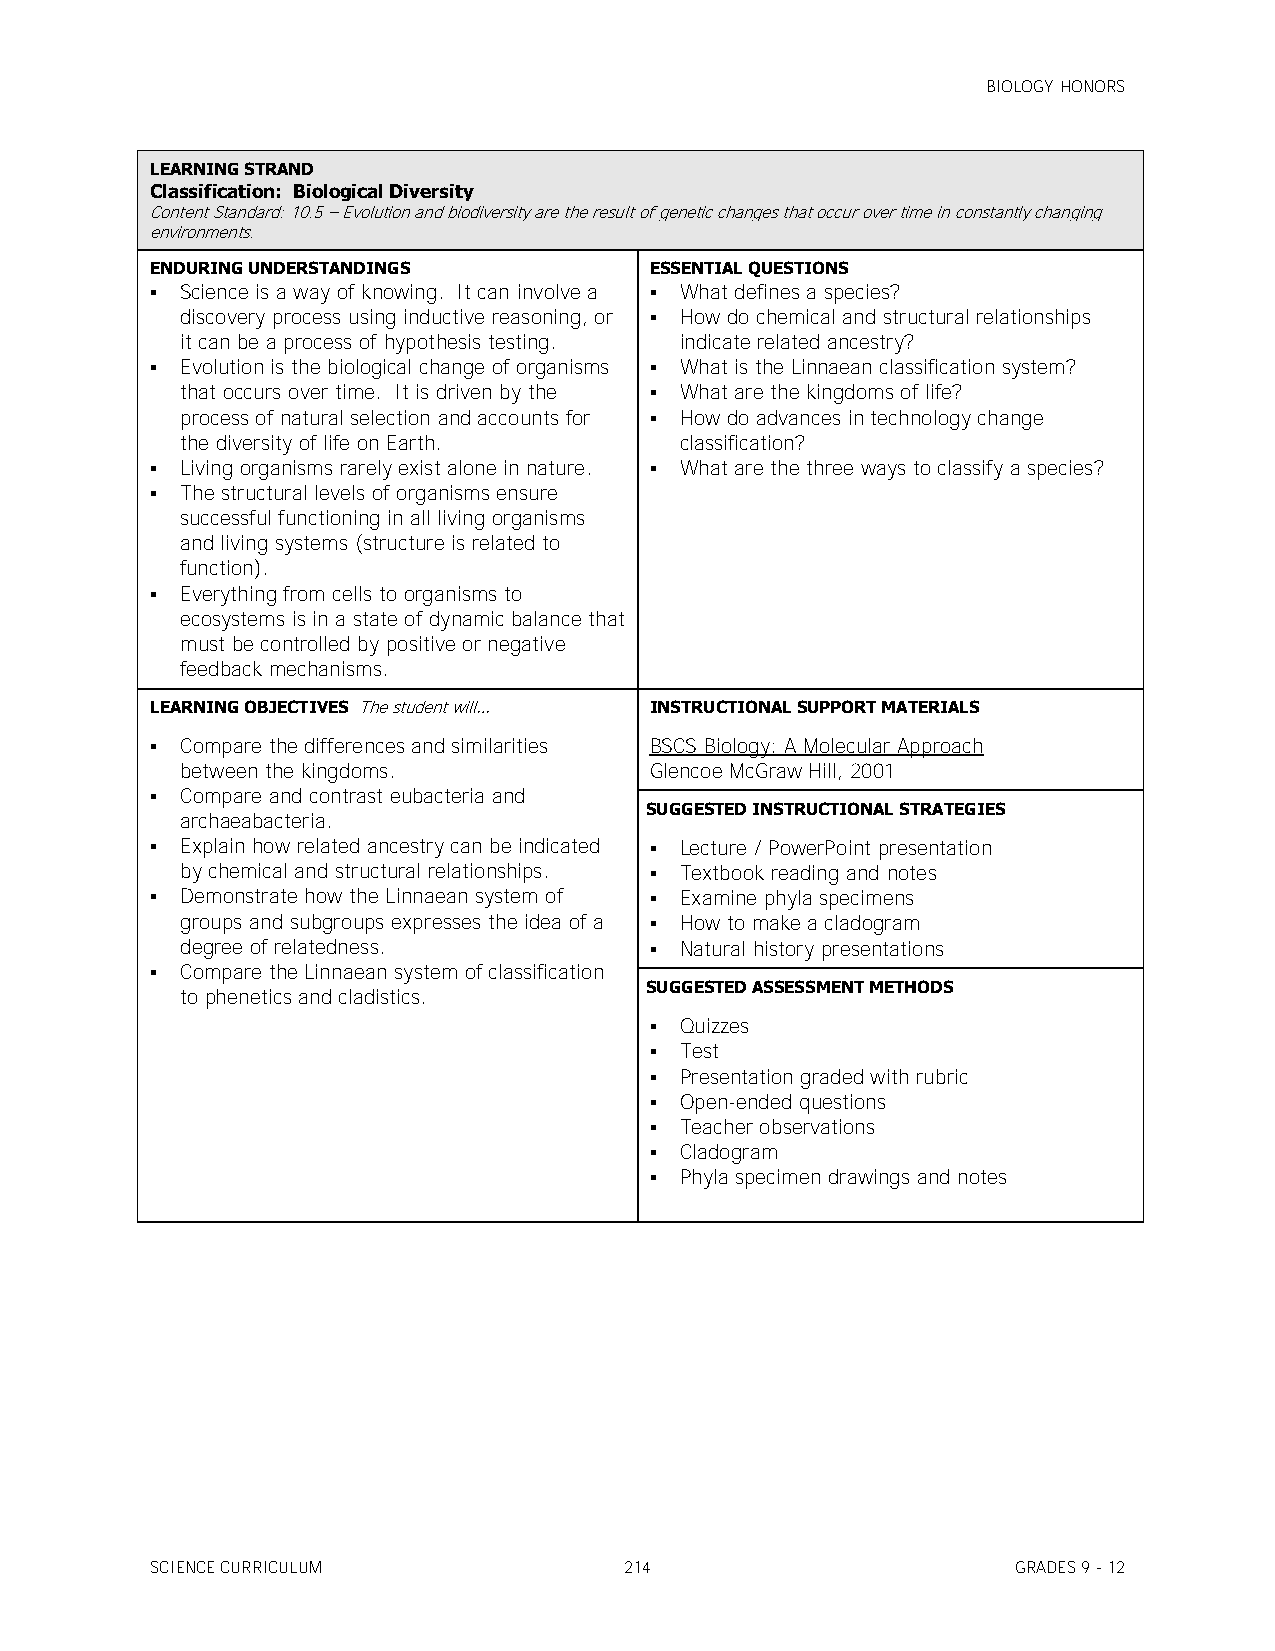
BIOLOGY HONORS
 LEARNING STRAND
 Classification: Biological Diversity
 Content Standard: 10.5 – Evolution and biodiversity are the result of genetic changes that occur over time in constantly changing
 environments.
 ENDURING UNDERSTANDINGS          ESSENTIAL QUESTIONS
  Science is a way of knowing. It can involve a  What defines a species?
 discovery process using inductive reasoning, or  How do chemical and structural relationships
 it can be a process of hypothesis testing. indicate related ancestry?
  Evolution is the biological change of organisms  What is the Linnaean classification system?
 that occurs over time. It is driven by the  What are the kingdoms of life?
 process of natural selection and accounts for  How do advances in technology change
 the diversity of life on Earth.  classification?
  Living organisms rarely exist alone in nature.  What are the three ways to classify a species?
  The structural levels of organisms ensure
 successful functioning in all living organisms
 and living systems (structure is related to
 function).
  Everything from cells to organisms to
 ecosystems is in a state of dynamic balance that
 must be controlled by positive or negative
 feedback mechanisms.
 LEARNING OBJECTIVES The student will… INSTRUCTIONAL SUPPORT MATERIALS
  Compare the differences and similarities BSCS Biology: A Molecular Approach
 between the kingdoms.          Glencoe McGraw Hill, 2001
  Compare and contrast eubacteria and
 SUGGESTED INSTRUCTIONAL STRATEGIES
 archaeabacteria.
  Explain how related ancestry can be indicated  Lecture / PowerPoint presentation
 by chemical and structural relationships.  Textbook reading and notes
  Demonstrate how the Linnaean system of  Examine phyla specimens
 groups and subgroups expresses the idea of a  How to make a cladogram
 degree of relatedness.          Natural history presentations
  Compare the Linnaean system of classification
 SUGGESTED ASSESSMENT METHODS
 to phenetics and cladistics.
  Quizzes
  Test
  Presentation graded with rubric
  Open-ended questions
  Teacher observations
  Cladogram
  Phyla specimen drawings and notes
 SCIENCE CURRICULUM             214                       GRADES 9 - 12